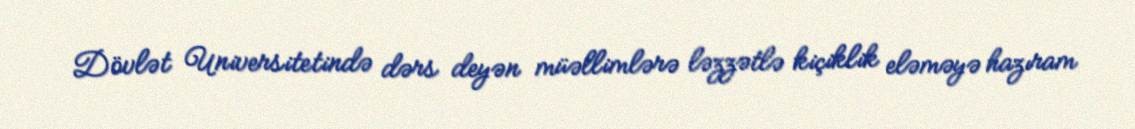
Dövlət Universitetində dərs deyən müəllimlərə ləzzətlə kiçiklik eləməyə hazıram